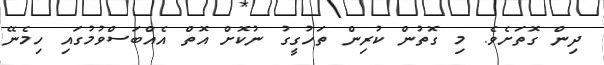
ދިން ގޮތަށެވެ. މި ގޮތުން ކުރިން ތަހުގީގު ނުކޮށް އޮތް އެއްބަސްވުމުގައި ހިމެނޭ